Annual report on the working of the lock hospitals in the Central Provinces
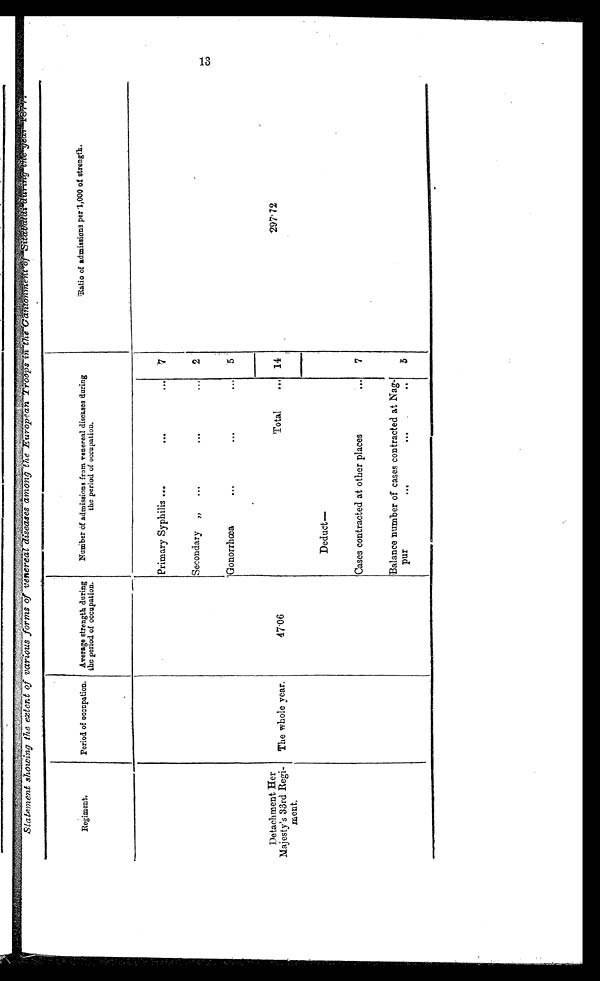
41.
;‘:
.;.
Statement showing the extent of various forms of venereal d
iseases among the European Troops in the Cantonment of Sitabaldi during
Regiment.
Period of occupation.
Average strength during
the period of occupation.
Number of admissions from venereal diseases during
the period of occupation.
Ratio of admissions per ·1,000 of strength.
Primary Syphilis ...
...
. . .
7
Secondary „
...
...
...
2
Gonorrhœa ...
. . .
. . .
5
Detachment Her
Majesty's 33rd Regi-
ment.
The whole year.
47·06
Total
. . . 14
2 9 7 · 7 2
D e d u c t —
Cases contracted at other places
...
7
Balance number of cases contracted at Nag-
p ur
...
... ...
5
13